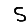
Digit: 5